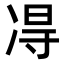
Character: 𫥐